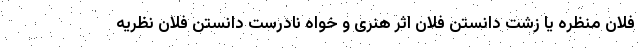
فلان منظره یا زشت دانستن فلان اثر هنری و خواه نادرست دانستن فلان نظریه